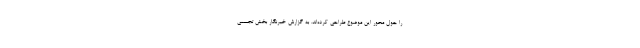
را حول محور این موضوع طراحی کرده‌اند. به گزارش خبرنگار بخش تجسمی